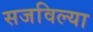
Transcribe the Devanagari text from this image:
सजविल्या